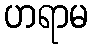
ဟရာမ